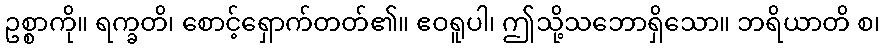
ဥစ္စာကို။ ရက္ခတိ၊ စောင့်ရှောက်တတ်၏။ ဧဝရူပါ၊ ဤသို့သဘောရှိသော။ ဘရိယာတိ စ၊